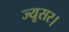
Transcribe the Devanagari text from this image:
ज्यूसर।